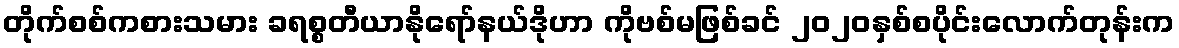
တိုက်စစ်ကစားသမား ခရစ္စတီယာနိုရော်နယ်ဒိုဟာ ကိုဗစ်မဖြစ်ခင် ၂၀၂၀နှစ်စပိုင်းလောက်တုန်းက